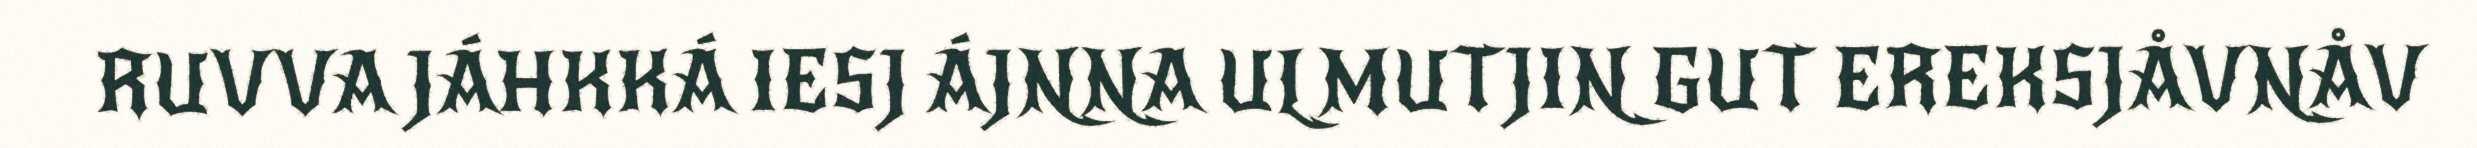
RUVVA JÁHKKÁ IESJ ÁJNNA ULMUTJIN GUT EREKSJÅVNÅV